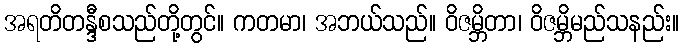
အရတိတန္ဒီစသည်တို့တွင်။ ကတမာ၊ အဘယ်သည်။ ဝိဇမ္ဘိတာ၊ ဝိဇမ္ဘိမည်သနည်း။